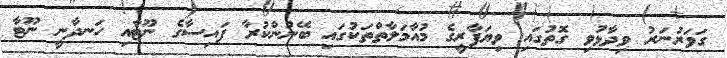
ގަވަރުނަރު ވިދާޅުވި ގޮތުގައި ވިޔަފާރީގެ މުއާމަލާތްތަކުގައި ބޭނުންކުރާ ފައިސާގެ ނޫޓާއި ހަނދާނީ ނޫޓާ